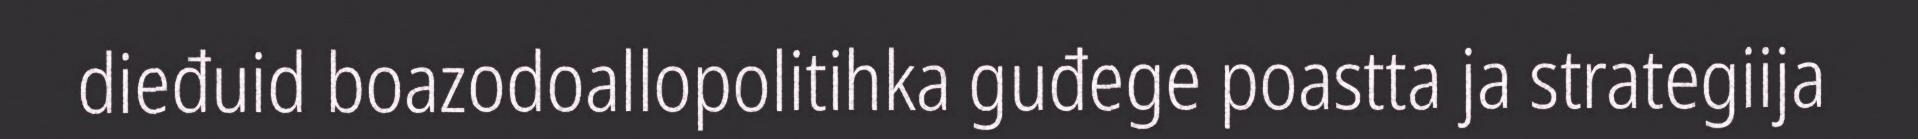
dieđuid boazodoallopolitihka guđege poastta ja strategiija